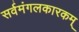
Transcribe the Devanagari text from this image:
सर्वमंगलकारकम्